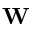
\mathbf { W }